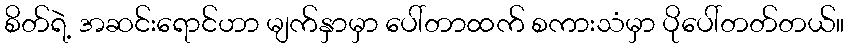
စိတ်ရဲ့ အဆင်းရောင်ဟာ မျက်နှာမှာ ပေါ်တာထက် စကားသံမှာ ပိုပေါ်တတ်တယ်။